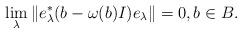
LaTeX: \begin{align*}\lim_\lambda \|e^*_\lambda (b-\omega(b)I)e_\lambda\|=0, b\in B.\end{align*}